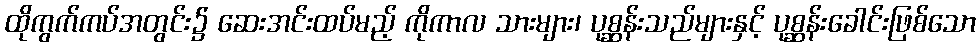
ထိုကွက်ကပ်အတွင်း၌ ဆေးအင်းထပ်မည့် ကိုကာလ သားများ၊ ပုစ္ဆန်းသည်များနှင့် ပုစ္ဆန်းခေါင်းဖြစ်သော